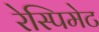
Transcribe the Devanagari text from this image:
रेस्पिमेट